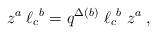
LaTeX: \begin{align*}z^a \;{\ell_c}^{b} = q^{\Delta(b)} \; {\ell_c}^{b} \;z^a \;,\end{align*}